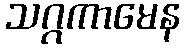
သဂ္ဂကာမေန